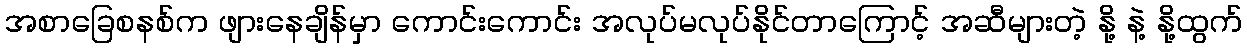
အစာခြေစနစ်က ဖျားနေချိန်မှာ ကောင်းကောင်း အလုပ်မလုပ်နိုင်တာကြောင့် အဆီများတဲ့ နို့ နဲ့ နို့ထွက်